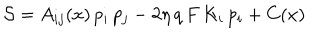
{ \cal S } = A _ { i j } ( x ) \, p _ { i } \, p _ { j } - 2 \eta \, q \, F \, K _ { i } \, p _ { i } + C ( x )